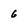
Character: 6